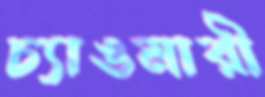
চ্যাঙমারী